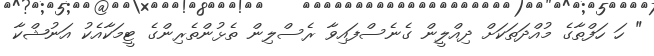
" ހަ ހަފްތާގެ މުއްދަތަކަށް ދިއްލީން ގެނެސްފައިވާ ރެސްލިން ތެޅުންތެރިންގެ ޓީމަކާއެކު އަނުޝްކާ